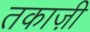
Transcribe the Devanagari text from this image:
तकाज़ी